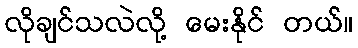
လိုချင်သလဲလို့ မေးနိုင် တယ်။